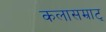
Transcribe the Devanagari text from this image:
कलासम्राट्